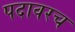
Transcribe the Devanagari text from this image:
पदावरच